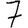
Digit: 7